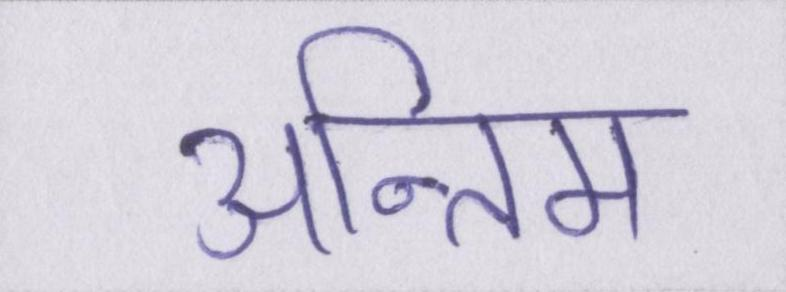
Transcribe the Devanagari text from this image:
अन्तिम